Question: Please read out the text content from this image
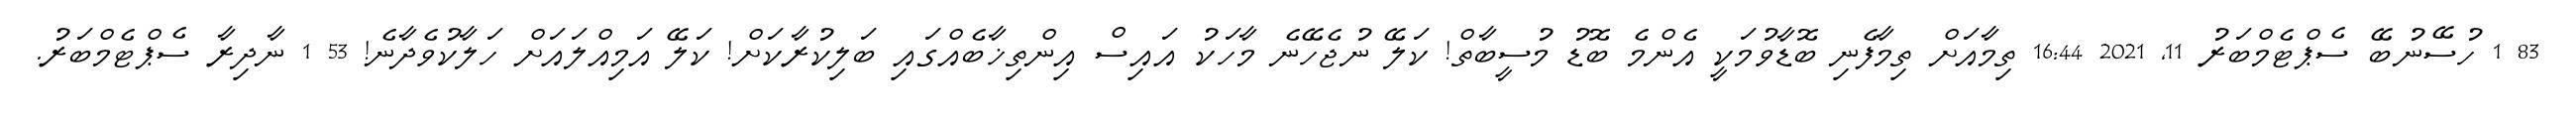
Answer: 83 1 ހުސޭނުބޭ ސެޕްޓެމްބަރު 11, 2021 16:44 ތިމާއަށް ތިމާފެނި ބޮޑާވުމަކީ އެންމެ ބޮޑު މުސީބާތް! ކަލޭ ނުޖެހޭނެ މާހަކު އައިސް އިންތިޚާބެއްގައި ބަލިކުރާކަށް! ކަލޭ އަމިއްލައަށް ހަލާކުވެދާނެ! 53 1 ނާދިރާ ސެޕްޓެމްބަރު.